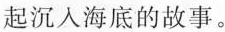
起沉入海底的故事。